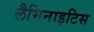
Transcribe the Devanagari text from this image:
लैमिनाइटिस